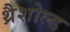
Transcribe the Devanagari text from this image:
थ्रैशोल्ड